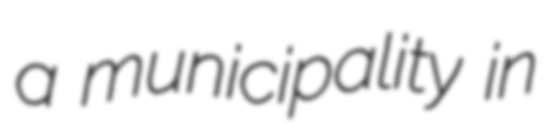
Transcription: a municipality in